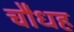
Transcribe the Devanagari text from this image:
चौधह